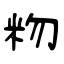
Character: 粅